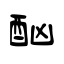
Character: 酗